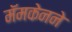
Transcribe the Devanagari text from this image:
मॅमकेनने